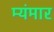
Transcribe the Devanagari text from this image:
म्यंमार